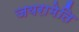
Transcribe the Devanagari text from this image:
जयरामेति